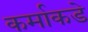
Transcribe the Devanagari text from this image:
कर्माकडे